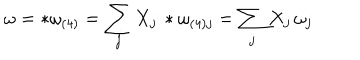
LaTeX: \omega = * \omega _ { ( 4 ) } = \sum _ { j } X _ { j } \, * \omega _ { ( 4 ) j } = \sum _ { j } X _ { j } \, \omega _ { j }